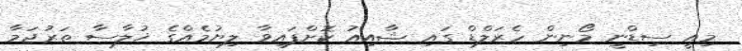
މިއީ ސިޑްނީ މޯނިން ހެރަލްޑް ގައި ޝާއިއު ކޮށްފައިވާ ލިޔުމެއްގެ ޚުލާސާ ތަރުޖަމާ